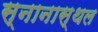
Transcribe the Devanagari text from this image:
स्नानास्थल